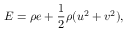
E = \rho e + \frac { 1 } { 2 } \rho ( u ^ { 2 } + v ^ { 2 } ) ,